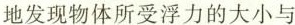
地发现物体所受浮力的大小与